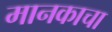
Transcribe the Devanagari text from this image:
मानकाचा